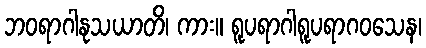
ဘဝရာဂါနုသယာတိ၊ ကား။ ရူပရာဂါရူပရာဂဝသေန၊